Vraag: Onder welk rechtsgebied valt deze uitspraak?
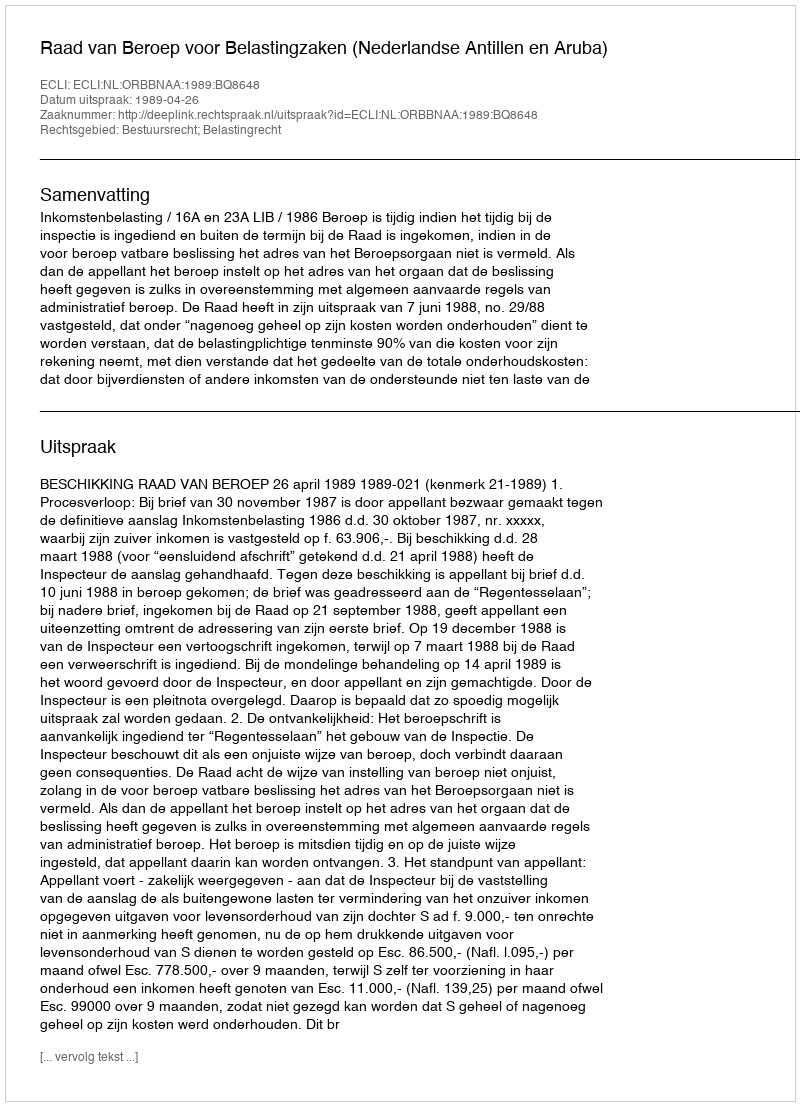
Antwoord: Bestuursrecht; Belastingrecht